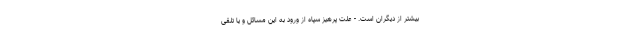
بیشتر از دیگران است. - علت پرهیز سپاه از ورود به این مسائل و یا تلقی